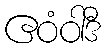
ဧဝံဝါဒီ